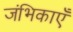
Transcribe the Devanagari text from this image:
जंभिकाएँ